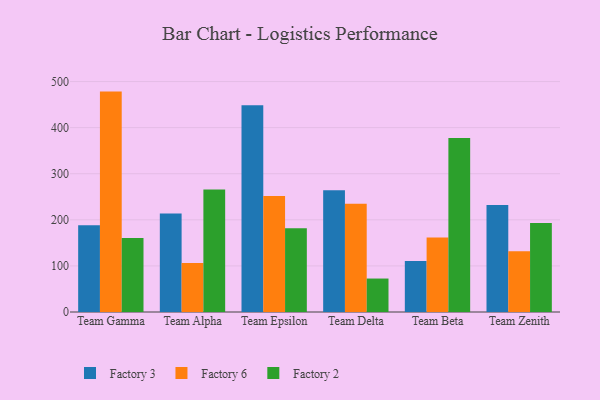
{"axis": {"x": "Team", "y": "Latency (ms)"}, "legend": ["Factory 2", "Factory 3", "Factory 6"], "data": [{"x": "Team Gamma", "y": 188.4, "type": "Factory 3"}, {"x": "Team Gamma", "y": 478.2, "type": "Factory 6"}, {"x": "Team Gamma", "y": 160.8, "type": "Factory 2"}, {"x": "Team Alpha", "y": 213.6, "type": "Factory 3"}, {"x": "Team Alpha", "y": 106.2, "type": "Factory 6"}, {"x": "Team Alpha", "y": 265.7, "type": "Factory 2"}, {"x": "Team Epsilon", "y": 448.4, "type": "Factory 3"}, {"x": "Team Epsilon", "y": 251.7, "type": "Factory 6"}, {"x": "Team Epsilon", "y": 181.9, "type": "Factory 2"}, {"x": "Team Delta", "y": 264.2, "type": "Factory 3"}, {"x": "Team Delta", "y": 235.0, "type": "Factory 6"}, {"x": "Team Delta", "y": 72.6, "type": "Factory 2"}, {"x": "Team Beta", "y": 110.9, "type": "Factory 3"}, {"x": "Team Beta", "y": 161.8, "type": "Factory 6"}, {"x": "Team Beta", "y": 377.6, "type": "Factory 2"}, {"x": "Team Zenith", "y": 231.9, "type": "Factory 3"}, {"x": "Team Zenith", "y": 131.8, "type": "Factory 6"}, {"x": "Team Zenith", "y": 193.2, "type": "Factory 2"}]}